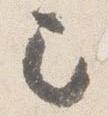
已